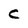
Character: C